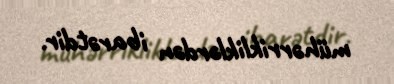
mühərrikliklərdən ibarətdir.